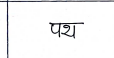
मजकूर: पथ